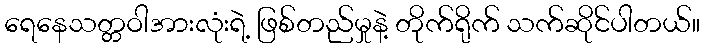
ရေနေသတ္တဝါအားလုံးရဲ့ ဖြစ်တည်မှုနဲ့ တိုက်ရိုက် သက်ဆိုင်ပါတယ်။